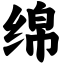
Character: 绵